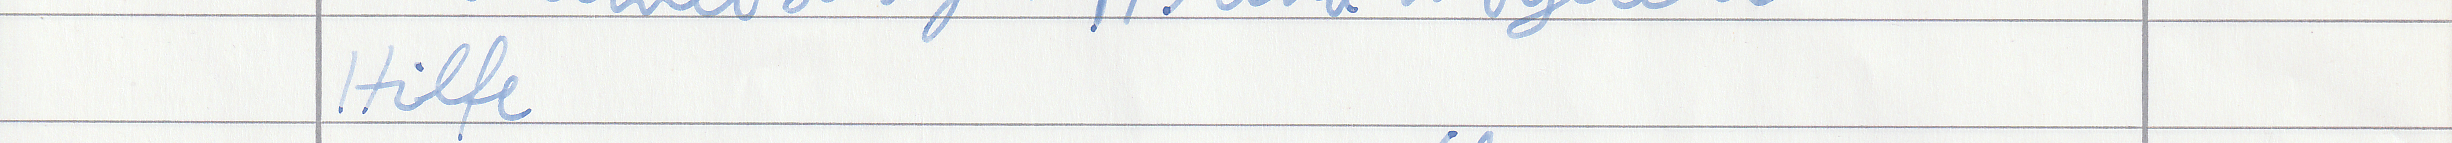
Hilfe